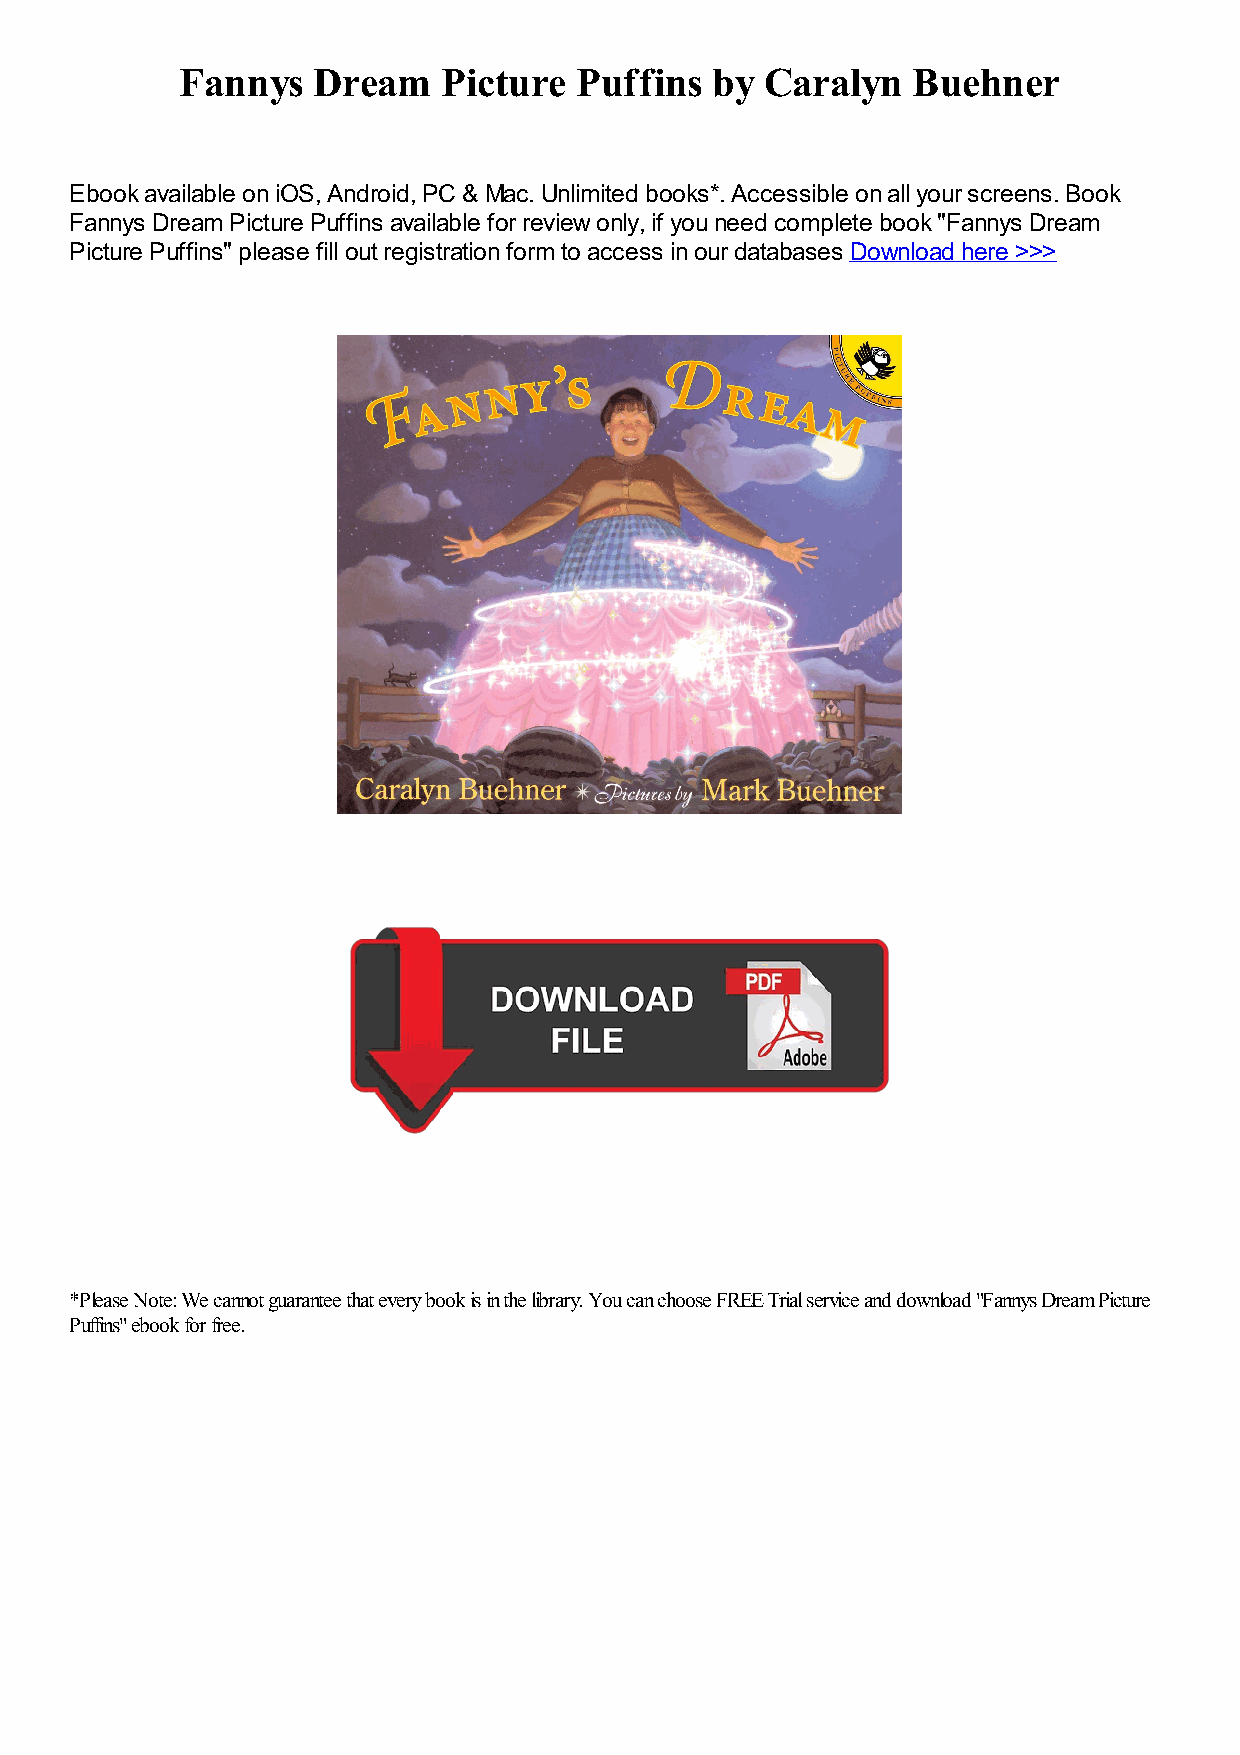
Fannys   Dream   Picture  Puffins  by  Caralyn  Buehner
 Ebook available on iOS, Android, PC & Mac. Unlimited books*. Accessible on all your screens. Book
 Fannys Dream Picture Puffins available for review only, if you need complete book "Fannys Dream
 Picture Puffins" please fill out registration form to access in our databases Download here >>>
 *Please Note: We cannot guarantee that every book is in the library. You can choose FREE Trial service and download "Fannys Dream Picture
 Puffins" ebook for free.